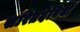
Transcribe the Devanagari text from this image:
सरितदेवियों